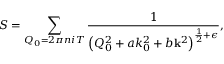
S = \sum _ { Q _ { 0 } = 2 \pi n i T } \frac { 1 } { \left( Q _ { 0 } ^ { 2 } + a k _ { 0 } ^ { 2 } + b { \bf k } ^ { 2 } \right) ^ { \frac 1 2 + \epsilon } } ,